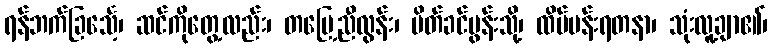
ရန်ဘက်ခြင်္သေ့၊ ဆင်ကိုတွေ့လည်း၊ တမြေ့ညီလွန်း၊ မိတ်ခင်ပွန်းသို့၊ ထိပ်ပန်းရတနာ၊ သုံးလူ့ချာ၏၊